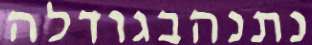
נתנהבגודלה